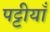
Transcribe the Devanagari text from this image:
पट्टीयाँ